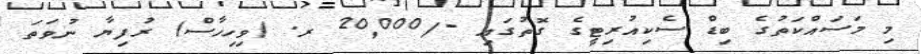
މި މަސައްކަތުގެ ބިޑް ސެކިއުރިޓީގެ ގޮތުގައި -/20